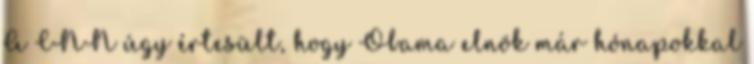
A CNN úgy értesült, hogy Obama elnök már hónapokkal